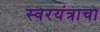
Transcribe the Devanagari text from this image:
स्वरयंत्राचा